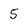
Character: 5